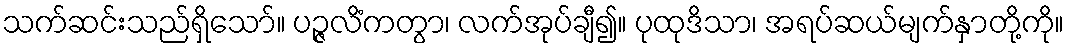
သက်ဆင်းသည်ရှိသော်။ ပဉ္ဇလိံကတွာ၊ လက်အုပ်ချီ၍။ ပုထုဒိသာ၊ အရပ်ဆယ်မျက်နှာတို့ကို။